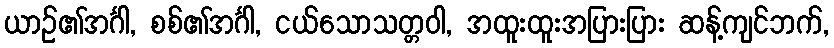
ယာဉ်၏အင်္ဂါ, စစ်၏အင်္ဂါ, ငယ်သောသတ္တဝါ, အထူးထူးအပြားပြား ဆန့်ကျင်ဘက်,